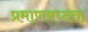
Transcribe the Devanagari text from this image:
प्रमाणबध्दता